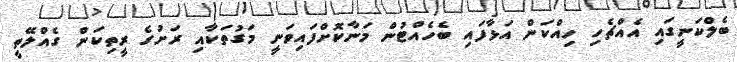
ބެލްކަނީގައި އެއްޗެހި ހިއްކަން އަޅާފައި ބެހެއްޓުން މަނާކޮށްފައިވަނީ މަގުތަކާއި ރަށުގެ ރީތިކަން ގެއްލޭތީ